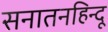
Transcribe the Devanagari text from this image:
सनातनहिन्दू